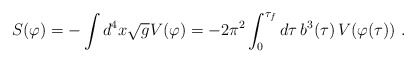
\begin{align*}S(\varphi) = -\int d^4x\sqrt{g} V(\varphi) = - {2\pi^2\int_0^{\tau_f} d\tau\, b^3(\tau)\, V(\varphi(\tau))}\ .\end{align*}